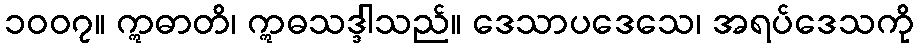
၁၀၀၇။ ဣဓာတိ၊ ဣဓသဒ္ဒါသည်။ ဒေသာပဒေသေ၊ အရပ်ဒေသကို